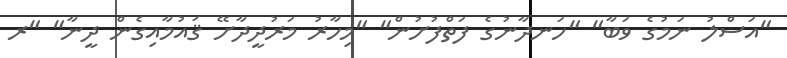
"އަސްލު ނަމުގެ ވަބާ" "ހަނދާނުގެ ފަތްފުށުން" "މިހާރު މަރުދީދާށޭ ޤައުމާއިގެން ދީނާ" "ރ